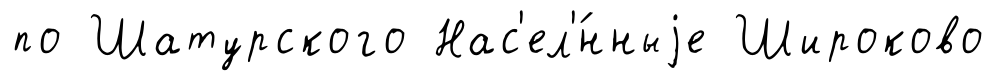
по Шатурского Нас'ел'́нныjе Широково